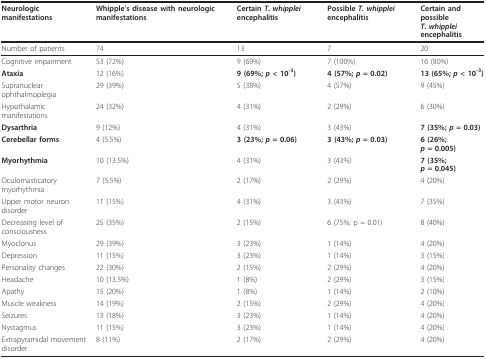
<table><thead><tr><td><b>Neurologic manifestations</b></td><td><b>Whipple&#x27;s disease with neurologic manifestations</b></td><td><b>Certain <i>T. whipplei </i>encephalitis</b></td><td><b>Possible <i>T. whipplei </i>encephalitis</b></td><td><b>Certain and possible <i>T. whipplei </i>encephalitis</b></td></tr></thead><tbody><tr><td>Number of patients</td><td>74</td><td>13</td><td>7</td><td>20</td></tr><tr><td>Cognitive impairment</td><td>53 (72%)</td><td>9 (69%)</td><td>7 (100%)</td><td>16 (80%)</td></tr><tr><td><b>Ataxia</b></td><td>12 (16%)</td><td><b>9 (69%; <i>p </i>&lt; 10</b><sup><b>-3</b></sup><b>)</b></td><td><b>4 (57%; <i>p </i>= 0.02)</b></td><td><b>13 (65%; <i>p </i>&lt; 10</b><sup><b>-3</b></sup><b>)</b></td></tr><tr><td>Supranuclear ophthalmoplegia</td><td>29 (39%)</td><td>5 (38%)</td><td>4 (57%)</td><td>9 (45%)</td></tr><tr><td>Hypothalamic manifestations</td><td>24 (32%)</td><td>4 (31%)</td><td>2 (29%)</td><td>6 (30%)</td></tr><tr><td><b>Dysarthria</b></td><td>9 (12%)</td><td>4 (31%)</td><td>3 (43%)</td><td><b>7 (35%; <i>p </i>= 0.03)</b></td></tr><tr><td><b>Cerebellar forms</b></td><td>4 (5.5%)</td><td><b>3 (23%; <i>p </i>= 0.06)</b></td><td><b>3 (43%; <i>p </i>= 0.03)</b></td><td><b>6 (26%; <i>p </i>= 0.005)</b></td></tr><tr><td><b>Myorhythmia</b></td><td>10 (13.5%)</td><td>4 (31%)</td><td>3 (43%)</td><td><b>7 (35%; <i>p </i>= 0.045)</b></td></tr><tr><td>Oculomasticatory myorhythmia</td><td>7 (5.5%)</td><td>2 (17%)</td><td>2 (29%)</td><td>4 (20%)</td></tr><tr><td>Upper motor neuron disorder</td><td>11 (15%)</td><td>4 (31%)</td><td>3 (43%)</td><td>7 (35%)</td></tr><tr><td>Decreasing level of consciousness</td><td>25 (35%)</td><td>2 (15%)</td><td>6 (75%; p = 0.01)</td><td>8 (40%)</td></tr><tr><td>Myoclonus</td><td>29 (39%)</td><td>3 (23%)</td><td>1 (14%)</td><td>4 (20%)</td></tr><tr><td>Depression</td><td>11 (15%)</td><td>3 (23%)</td><td>1 (14%)</td><td>3 (15%)</td></tr><tr><td>Personality changes</td><td>22 (30%)</td><td>2 (15%)</td><td>2 (29%)</td><td>4 (20%)</td></tr><tr><td>Headache</td><td>10 (13.5%)</td><td>1 (8%)</td><td>2 (29%)</td><td>3 (15%)</td></tr><tr><td>Apathy</td><td>15 (20%)</td><td>1 (8%)</td><td>1 (14%)</td><td>2 (10%)</td></tr><tr><td>Muscle weakness</td><td>14 (19%)</td><td>2 (15%)</td><td>2 (29%)</td><td>4 (20%)</td></tr><tr><td>Seizures</td><td>13 (18%)</td><td>3 (23%)</td><td>1 (14%)</td><td>4 (20%)</td></tr><tr><td>Nystagmus</td><td>11 (15%)</td><td>3 (23%)</td><td>1 (14%)</td><td>4 (20%)</td></tr><tr><td>Extrapyramidal movement disorder</td><td>8 (11%)</td><td>2 (17%)</td><td>2 (29%)</td><td>4 (20%)</td></tr></tbody></table>